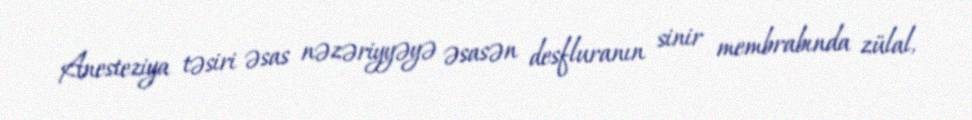
Anesteziya təsiri əsas nəzəriyyəyə əsasən desfluranın sinir membrabında zülal,